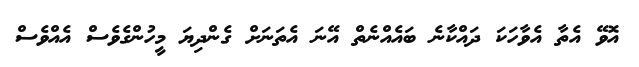
އޮވޭ އެތާ އެވާހަކަ ދައްކާނެ ބައެއްނެތް އޭނަ އެތަނަށް ގެންދިޔަ މީހުންގެވެސް އެއްވެސް